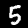
Digit: 5